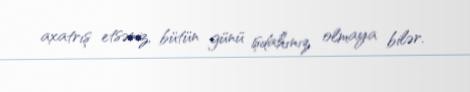
axatrış etsəniz, bütün günü işdahınız olmaya bilər.